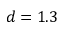
d = 1 . 3